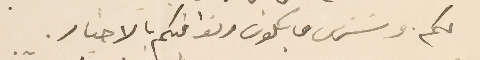
لكم وسَنرى ما يكون ونوافيكم بالاخبار.